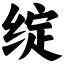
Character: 绽